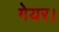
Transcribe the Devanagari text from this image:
गेयर।